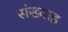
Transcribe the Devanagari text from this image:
संख्याह